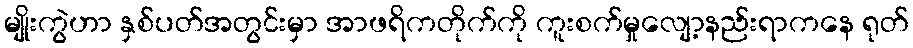
မျိုးကွဲဟာ နှစ်ပတ်အတွင်းမှာ အာဖရိကတိုက်ကို ကူးစက်မှုလျော့နည်းရာကနေ ရုတ်